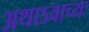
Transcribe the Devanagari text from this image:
अथाऽवाच्यः